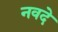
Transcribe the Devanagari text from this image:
नवदे